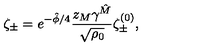
{ \zeta _ { \pm } = e ^ { - \hat { \phi } / 4 } { \frac { z _ { M } \gamma ^ { \hat { M } } } { \sqrt { \rho _ { 0 } } } } \zeta _ { \pm } ^ { ( 0 ) } , }